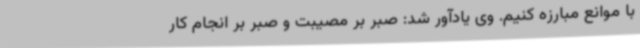
با موانع مبارزه کنیم. وی یادآور شد: صبر بر مصیبت و صبر بر انجام کار